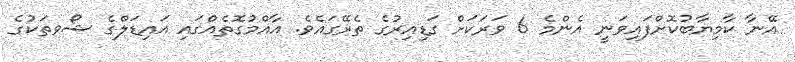
އޭނާ ކާމިޔާބުކޮށްފައިވަނީ އެންމެ 6 ވަރަކަށް ގަޑިއިރުގެ ތެރޭގައެވެ. އާއްމުގޮތެއްގައި އައިޑަލްގެ ޝޯވތަކުގެ